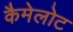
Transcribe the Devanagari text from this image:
कैमेलोट